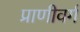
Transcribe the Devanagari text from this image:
प्राणीवर्ग